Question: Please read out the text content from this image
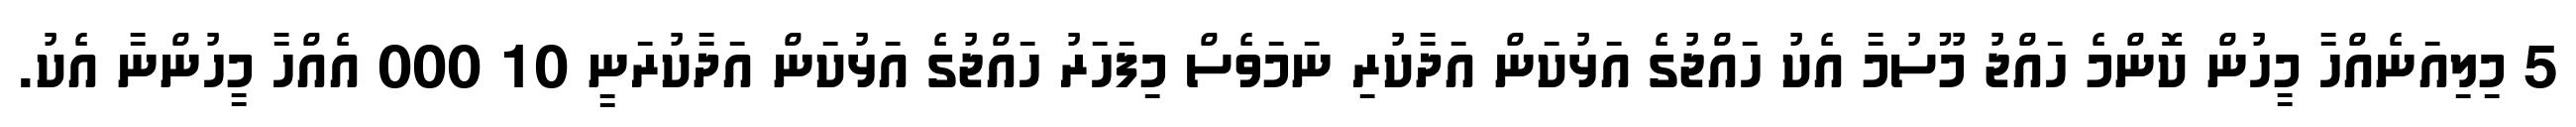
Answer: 5 މިލިއަނެއްހާ މީހުން ކޮންމެ ހައްޖު މޫސުމާ އެކު ހައްޖުގެ އަޅުކަން އަދާކުރި ނަމަވެސް މިފަހަރު ހައްޖުގެ އަޅުކަން އަދާކުރަނީ 10 000 އެއްހާ މީހުންނާ އެކު.